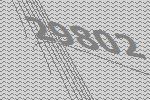
29802